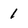
Character: 1